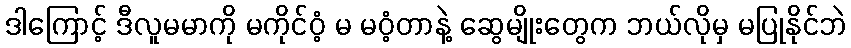
ဒါကြောင့် ဒီလူမမာကို မကိုင်ဝံ့ မ မဝံ့တာနဲ့ ဆွေမျိုးတွေက ဘယ်လိုမှ မပြုနိုင်ဘဲ